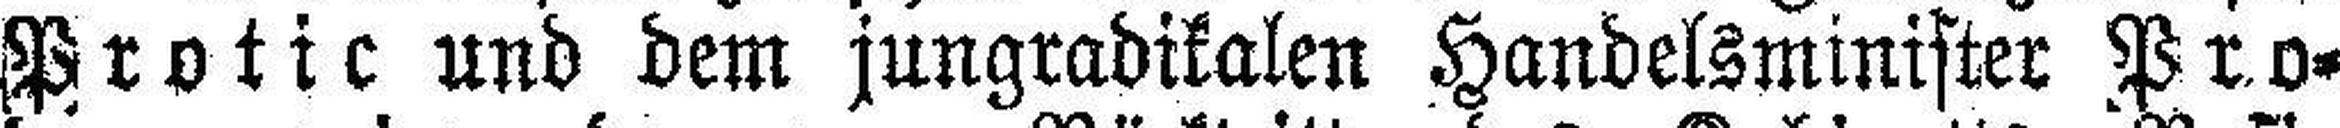
Protic und dem jungradikalen Handelsminister Pro¬